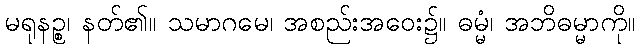
မရုနဉ္စ၊ နတ်၏။ သမာဂမေ၊ အစည်းအဝေး၌။ ဓမ္မံ၊ အဘိဓမ္မာကို။